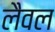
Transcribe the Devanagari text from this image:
लैवल